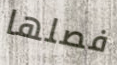
فصلها